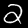
Label: 2